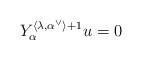
LaTeX: \begin{align*}Y_\alpha^{\langle \lambda, \alpha^\vee\rangle+1}u=0\end{align*}